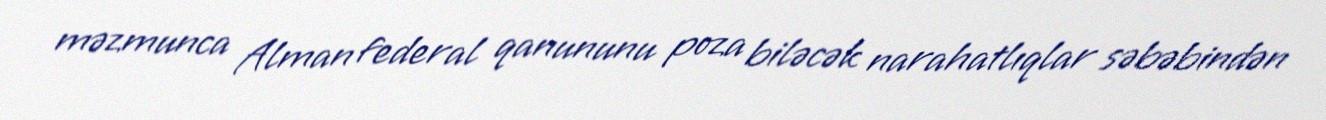
məzmunca Alman federal qanununu poza biləcək narahatlıqlar səbəbindən